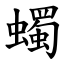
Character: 蠋